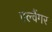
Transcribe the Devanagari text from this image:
एल्वैंगर